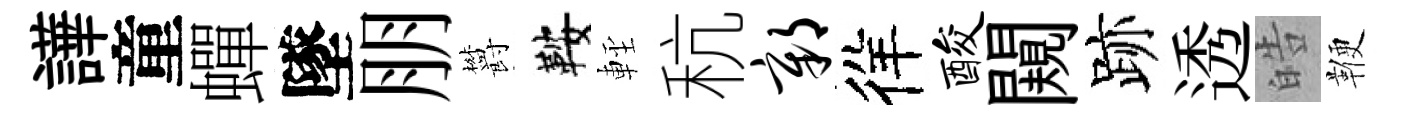
譁童蟬墜朋欝鞍䡖秔鄣徉酸闚跡透皓鞭